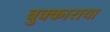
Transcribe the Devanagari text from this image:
बुक्काराया